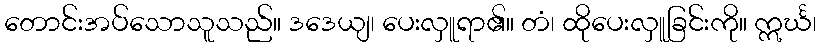
တောင်းအပ်သောသူသည်။ ဒဒေယျ၊ ပေးလှူရာ၏။ တံ၊ ထိုပေးလှူခြင်းကို။ ဣင်္ဃ၊